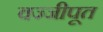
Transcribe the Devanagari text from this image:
वज्जीपूत